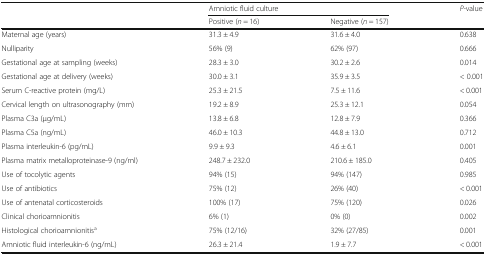
| <ROWSPAN=2>  | <COLSPAN=2> Amniotic fluid culture | <ROWSPAN=2> P-value |
 | Positive (n = 16) | Negative (n = 157) |
 | --- | --- | --- | --- |
 | Maternal age (years) | 31.3 ± 4.9 | 31.6 ± 4.0 | 0.638 |
 | Nulliparity | 56% (9) | 62% (97) | 0.666 |
 | Gestational age at sampling (weeks) | 28.3 ± 3.0 | 30.2 ± 2.6 | 0.014 |
 | Gestational age at delivery (weeks) | 30.0 ± 3.1 | 35.9 ± 3.5 | < 0.001 |
 | Serum C-reactive protein (mg/L) | 25.3 ± 21.5 | 7.5 ± 11.6 | < 0.001 |
 | Cervical length on ultrasonography (mm) | 19.2 ± 8.9 | 25.3 ± 12.1 | 0.054 |
 | Plasma C3a (μg/mL) | 13.8 ± 6.8 | 12.8 ± 7.9 | 0.366 |
 | Plasma C5a (ng/mL) | 46.0 ± 10.3 | 44.8 ± 13.0 | 0.712 |
 | Plasma interleukin-6 (pg/mL) | 9.9 ± 9.3 | 4.6 ± 6.1 | 0.001 |
 | Plasma matrix metalloproteinase-9 (ng/ml) | 248.7 ± 232.0 | 210.6 ± 185.0 | 0.405 |
 | Use of tocolytic agents | 94% (15) | 94% (147) | 0.985 |
 | Use of antibiotics | 75% (12) | 26% (40) | < 0.001 |
 | Use of antenatal corticosteroids | 100% (17) | 75% (120) | 0.026 |
 | Clinical chorioamnionitis | 6% (1) | 0% (0) | 0.002 |
 | Histological chorioamnionitisa | 75% (12/16) | 32% (27/85) | 0.001 |
 | Amniotic fluid interleukin-6 (ng/mL) | 26.3 ± 21.4 | 1.9 ± 7.7 | < 0.001 |